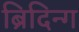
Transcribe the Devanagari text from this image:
ब्रिदिन्ग